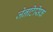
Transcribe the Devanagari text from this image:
जेनटिसिक